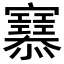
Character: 𢥜